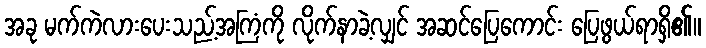
အခု မက်ကဲလားပေးသည့်အကြံကို လိုက်နာခဲ့လျှင် အဆင်ပြေကောင်း ပြေဖွယ်ရာရှိ၏။